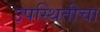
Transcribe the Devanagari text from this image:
उपस्थितीचा